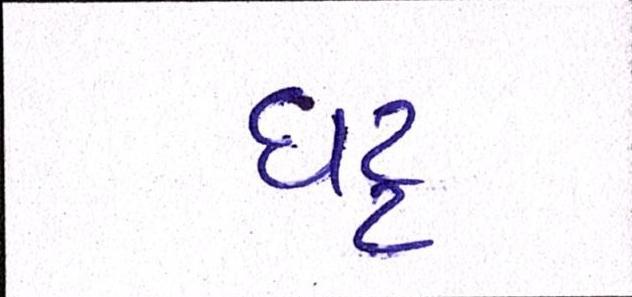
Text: ઘટ્ટ